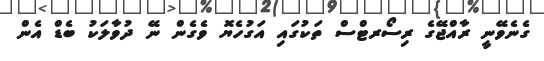
ގެނެވޭނީ ރާއްޖޭގެ ރިސޯރޓްސް ތަކުގައި އަގުހެޔޮ ވެގެން ނޭ ދުވާލަކު ބެޑް އެން